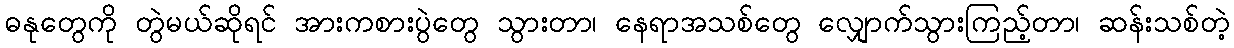
ဓနုတွေကို တွဲမယ်ဆိုရင် အားကစားပွဲတွေ သွားတာ၊ နေရာအသစ်တွေ လျှောက်သွားကြည့်တာ၊ ဆန်းသစ်တဲ့